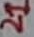
Text: 21